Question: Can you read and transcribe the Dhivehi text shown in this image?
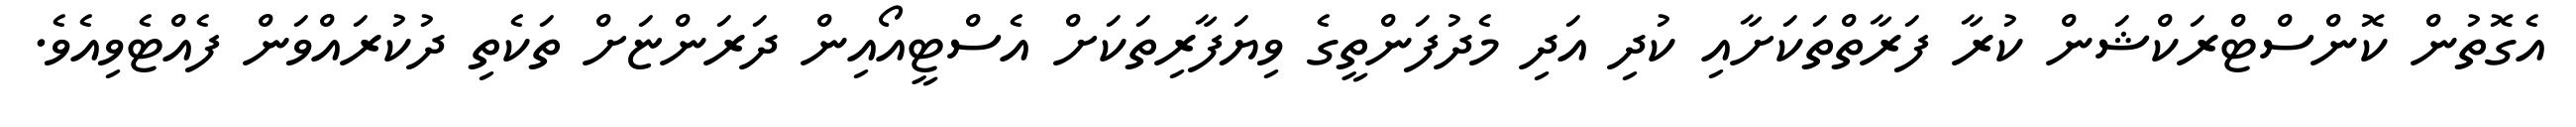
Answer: އެގޮތުން ކޮންސްޓްރަކްޝަން ކުރާ ފަރާތްތަކަށާއި ކުދި އަދި މެދުފަންތީގެ ވިޔަފާރިތަކަށް އެސްޓީއޯއިން ދަރަންޏަށް ތަކެތި ދުކުރައްވަން ފެއްޓެވިއެވެ.